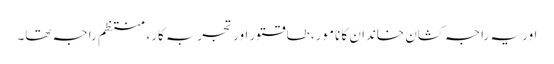
اور یہ راجہ کشان خاندان کا نامور، طاقتور اور تجربہ کار، منتظم راجہ تھا۔